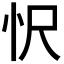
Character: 𢗜